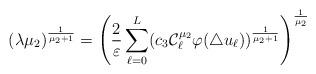
LaTeX: \begin{align*}(\lambda \mu_2)^{\frac{1}{\mu_2 + 1}} = \left(\frac{2}{\varepsilon}\sum_{\ell=0}^L (c_3\mathcal C_\ell^{\mu_2} \varphi(\triangle u_\ell))^{\frac{1}{\mu_2+1}}\right)^{\frac{1}{\mu_2}}\end{align*}